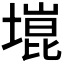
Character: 𫮞